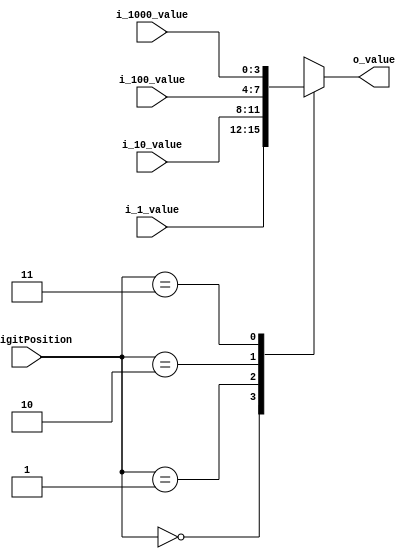
module MUX_FNDValueSel(
    input [3:0] i_1000_value, i_100_value, i_10_value, i_1_value,
    input [1:0] i_digitPosition,
    output [3:0] o_value
    );

    reg [3:0] r_value;
    assign o_value = r_value;

    always @(*) begin
        case (i_digitPosition)
            2'b00 : r_value = i_1_value;
            2'b01 : r_value = i_10_value;
            2'b10 : r_value = i_100_value;
            2'b11 : r_value = i_1000_value;
        endcase
    end
endmodule